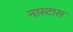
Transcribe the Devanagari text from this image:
नास्टास